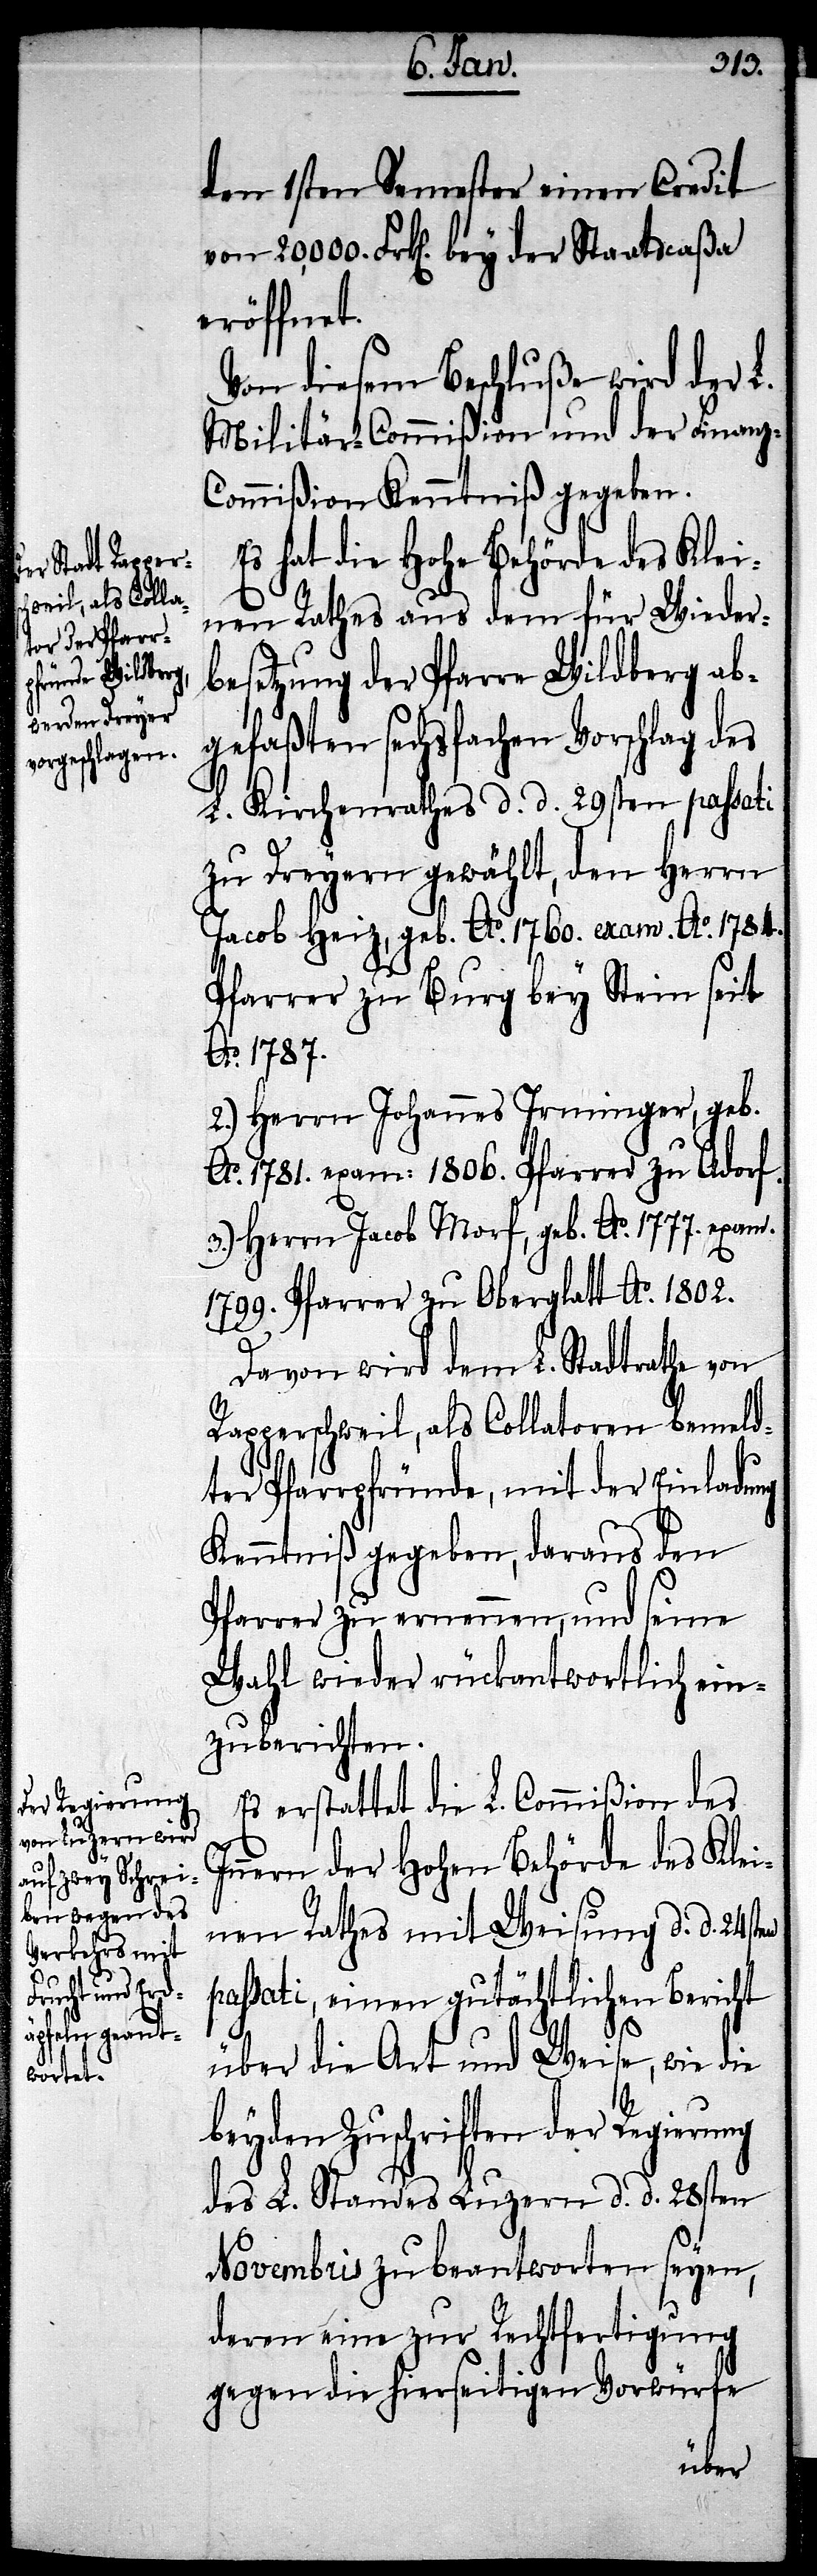
den 1sten Semester einen Credit
eröffnet.
Von diesem Beschluße wird der L.
Militär-Commißion und der Finanz-C¬
ommißion Kenntniß gegeben.
Es hat die Hohe Behörde des Klei¬
ne Rathes aus dem für Wieder¬
besetzung der Pfarre Wildberg ab¬
gefaßten sechsfachen Vorschlag des
L. Kirchenrathes d. d. 29sten passati
Jacob Heiz, geb. Ao. 1760. exam. Ao. 1784.
Pfarrer zu Burg bey Stein seit
Ao. 1787.
2.) Herrn Johannes Irminger, geb.
Ao. 1781. exam: 1806. Pfarrer zu Adorf.
3.) Herrn Jacob Morf, geb. Ao. 1777. exam.
1799. Pfarrer zu Oberglatt Ao. 1802.
Davon wird dem L. Stadtrathe von
Rapperschweil, als Collatoren bemeld¬
ter Pfarrpfünde, mit der Einladung
Kenntniß gegeben, daraus den
Pfarrer zu ernennen, und seine
Wahl wieder rückantwortlich ein¬
zuberichten.
Es erstattet die L. Commißion des
nern der Hohen Behörde des Klei¬
nen Rathes mit Weisung d. d. 24sten
passati, einen gutächtlichen Bericht
In¬
über die Art und Weise, wie die
beyden Zuschriften der Regierung
des L. Standes Luzern d. d. 28sten
Novembris zu beantworten seyen,
deren eine zur Rechtfertigung
gegen die hierseitigen Vorwürfe